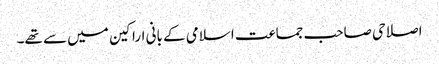
اصلاحی صاحب جماعت اسلامی کے بانی اراکین میں سے تھے۔